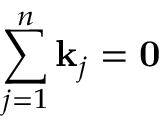
\sum _ { j = 1 } ^ { n } \mathbf { k } _ { j } = \mathbf { 0 }